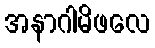
အနာဂါမိဖလေ